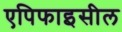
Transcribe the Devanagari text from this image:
एपिफाइसील